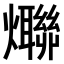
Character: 𤒤